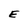
Character: E